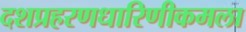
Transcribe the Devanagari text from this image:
दशप्रहरणधारिणीकमला